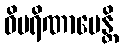
ဝိပရိဏာမေန္တိ